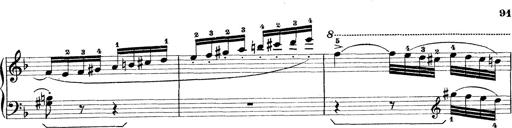
Title: Rapsodie: 19 ungheresi, 1 spagnuola
Composer: Franz Liszt